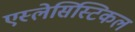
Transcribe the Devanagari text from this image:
एस्लेसिस्टिकल